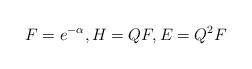
LaTeX: \begin{gather*}F=e^{-\alpha}, H=Q F, E=Q^2 F\end{gather*}